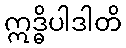
ဣဒ္ဓိပါဒါတိ